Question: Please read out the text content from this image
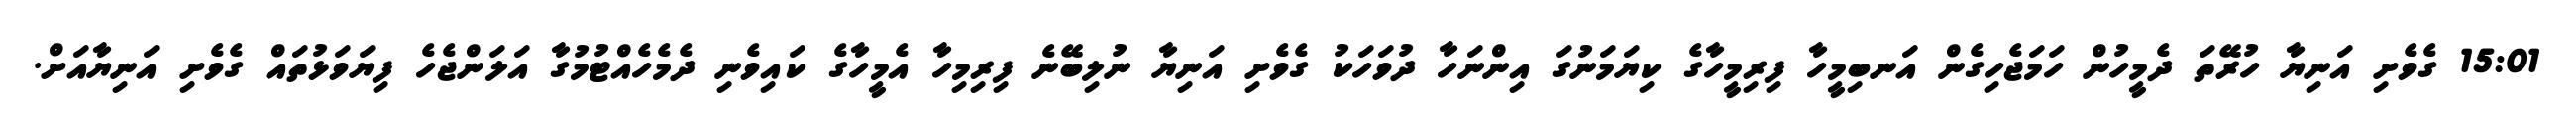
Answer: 15:01 ގެވެށި އަނިޔާ ހުރޭތަ ދެމީހުން ހަމަޖެހިގެން އަނބިމީހާ ފިރިމީހާގެ ކިޔަމަނުގަ އިންނަހާ ދުވަހަކު ގެވެށި އަނިޔާ ނުލިބޭނެ ފިރިމިހާ އެމީހާގެ ކައިވެނި ދެމެހެއްޓުމުގާ އަލަންޖެހެ ފިޔަވަޅުތައް ގެވެށި އަނިޔާއަށް.